Vaccine operations Central Provinces 1886-1899 - 1886-1899
Year: 1886
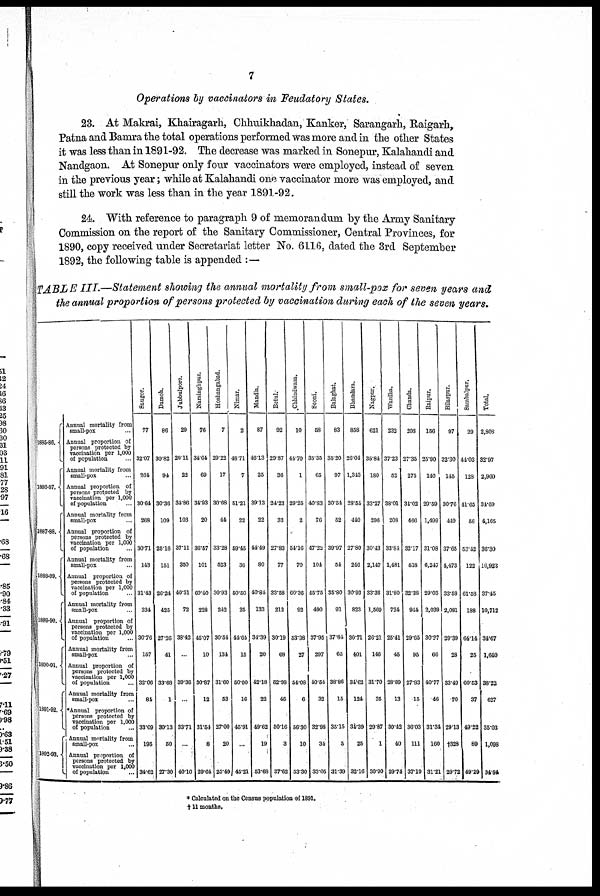
7
Operations by vaccinators in Feudatory States.
23. At Makrai, Khairagarh, Chhuikhadan, Kanker, Sarangarh, Raigarh,
Patna and Bamra the total operations performed was more and in the other States
it was less than in 1891-92. The decrease was marked in Sonepur, Kalahandi and
Nandgaon. At Sonepur only four vaccinators were employed, instead of seven
in the previous year; while at Kalahandi one vaccinator more was employed, and
still the work was less than in the year 1891-92.
24. With reference to paragraph 9 of memorandum by the Army Sanitary
Commission on the report of the Sanitary Commissioner, Central Provinces, for
1890, copy received under Secretariat letter No. 6116, dated the 3rd September
1892, the following table is appended :—
TABLE III.—Statement showing the annual mortality from small-pox for seven years and
the annual proportion of persons protected by vaccination during each of the seven years.
1885-86.
1886-87.
1887-88.
1888-89.
1889-90.
1800-91.
1891-92.
1892-93.
Annual mortality from
small-pox ...
Annual proportion of
persons protected by
vaccination per 1,000
of population ...
Annual mortality from
small-pox ...
Annual proportion of
persons protected by
vaccination per 1,000
of population ...
Annual mortality from
small-pox ...
Annual proportion of
persons protected by
vaccination per 1,000
of population ...
Annual mortality from
small-pox ...
Annual proportion of
persons protected by
vaccination per 1,000
of population ...
Annual mortality from
small-pox ...
Annual proportion of
persons protected by
vaccination per 1,000
of population ...
Annual mortality from
small-pox ...
Annual proportion of
persons protected by
vaccination per 1,000
of population ...
Annual mortality from
small-pox ...
Annual proportion of
persons protected by
vaccination per 1,000
of population ...
Annual mortality from
small-pox ...
Annual proportion of
persons protected by
vaccination per 1,000
of population ...
Saugor.
77
32.07
364
30.64
268
30.71
143
31.43
334
30.76
157
32.06
84
33.09
195
34.62
Damoh.
86
30.82
91
30.36
109
25.16
151
26.24
425
27.26
41
33.68
1
30.13
50
27.30
Jubbulpore.
29
29.11
22
34.86
103
37.11
350
40.31
72
38.42
...
39.36
...
33.71
...
10.10
Narsinghpur.
76
34.64
69
31.93
20
36.57
101
60.40
228
45.07
10
30.87
12
31.54
8
29.64
Hoshangabad.
7
29.22
17
30.68
44
33.28
523
30.93
242
30.54
134
31.60
53
27.00
20
25.49
Nimar.
2
48.71
7
51.1
22
59.15
36
50.50
25
44.64
15
50.00
16
45.91
...
45.21
Mandla.
87
46.13
25
39.13
22
44.49
80
40.84
133
34.39
20
42.18
22
19.62
19
53.68
Betul.
92
29.87
36
24.23
33
27.83
77
33.58
212
30.19
68
52.98
46
50.16
3
37.62
Chhindwara.
10
44.70
1
29.25
2
54.16
70
60.36
92
53.38
27
54.08
6
56.30
10
53.30
Seoni.
58
35.35
65
40.83
76
47.22
101
15.75
490
37.95
297
40.54
32
32.98
34
33.05
Balaghat.
83
35.20
97
30.54
52
39.97
51
35.80
91
37.84
65
38.86
15
35.15
5
31.39
Bhandara.
858
26.04
1,343
28.51
440
27.80
246
30.93
823
30.71
401
34.62
124
34.39
25
32.16
Nagpur.
621
35.84
180
33.27
296
30.43
2,147
33.36
1,569
26.21
146
31.70
35
29.87
1
30.90
Wardha.
232
37.23
52
38.01
208
33.84
1,481
31.80
724
25.41
45
28.89
13
30.42
40
29.74
Chanda.
208
27.35
275
31.02
466
32.17
518
32.38
944
29.65
95
27.83
15
36.03
111
37.19
Raipur.
156
25.90
140
29.59
1,499
31.08
6,247
29.03
2,039
30.27
66
40.77
46
31.34
160
31.21
Bilaspur.
97
32.30
145
30.76
410
37.65
1,473
33.58
2,081
29.39
28
33.49
70
29.13
†328
29.72
Sambalpur.
29
44.03
128
41.65
56
53.12
122
61.58
188
64.14
25
60.53
37
49.22
89
49.29
Total.
2,808
32.97
2,960
34.69
4,165
36.30
16,923
37.45
10,712
34.67
1,640
38.22
627
35.03
1,098
34.84
* Calculated on the Census population of 1891.
†11 months.